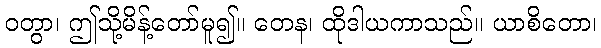
ဝတွာ၊ ဤသို့မိန့်တော်မူ၍။ တေန၊ ထိုဒါယကာသည်။ ယာစိတော၊